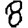
Digit: 8